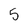
Character: 5